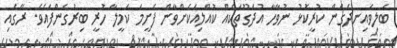
ބަލިވެއިނދެގެން ކުރީކޮޅު ނުވާހާ އުދަގޫތަކެއް ކުއްލިއަކަށްވާން ފެށީމަ ކަމީލާ ހުރީ ބިރުގެންފައެވެ. ރޭގައި